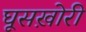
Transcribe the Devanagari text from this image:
घूसख़ोरी